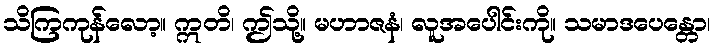
သိကြကုန်လော့။ ဣတိ၊ ဤသို့။ မဟာဇနံ၊ လူအပေါင်းကို။ သမာဒပေန္တော၊